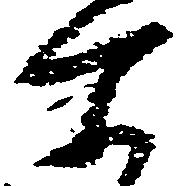
所